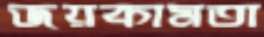
জয়কামতা